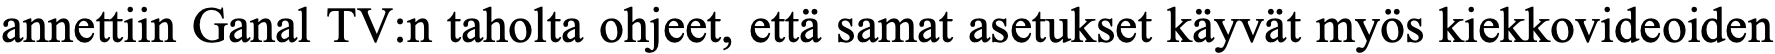
annettiin Ganal TV:n taholta ohjeet, että samat asetukset käyvät myös kiekkovideoiden